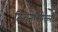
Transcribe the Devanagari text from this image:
तिरुनेलवेल्ली